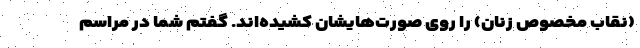
(نقاب مخصوص زنان) را روی صورت‌هایشان کشیده‌اند. گفتم شما در مراسم